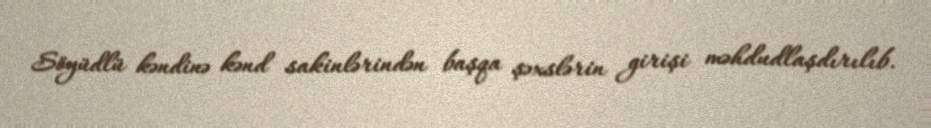
Söyüdlü kəndinə kənd sakinlərindən başqa şəxslərin girişi məhdudlaşdırılıb.